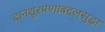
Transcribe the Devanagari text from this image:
दानशूरपणाबद्दलसुद्धा